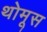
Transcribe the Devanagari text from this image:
थोमूस